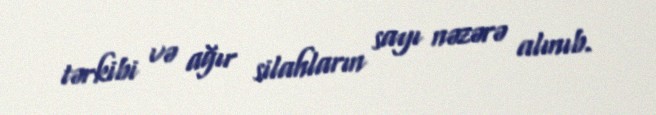
tərkibi və ağır silahların sayı nəzərə alınıb.